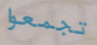
تجمعوا